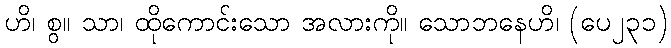
ဟိ၊ စွ။ သာ၊ ထိုကောင်းသော အလားကို။ သောဘနေဟိ၊ (ပေ၂၃၁)